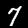
Label: 7